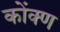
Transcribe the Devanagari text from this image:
कोंक्ण